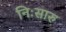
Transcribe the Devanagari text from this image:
निःसारु